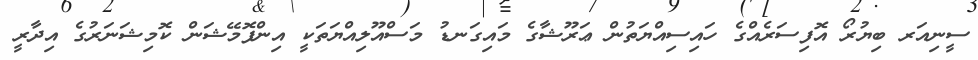
ސީނިއަރ ބިޔުރޯ އޮފިސަރެއްގެ ހައިސިއްޔަތުން ޢަރޫޝާގެ މައިގަނޑު މަސްއޫލިއްޔަތަކީ އިންފޮމޭޝަން ކޮމިޝަނަރުގެ އިދާރީ